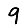
Digit: 9